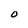
Character: 0